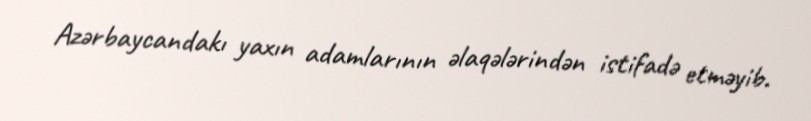
Azərbaycandakı yaxın adamlarının əlaqələrindən istifadə etməyib.